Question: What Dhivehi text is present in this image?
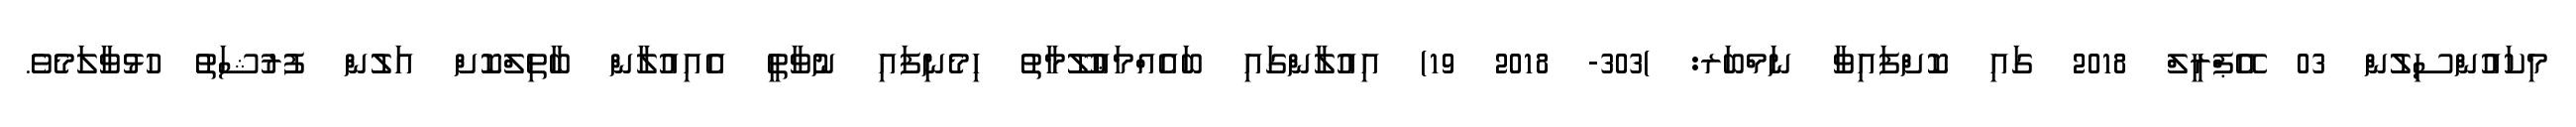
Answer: މިކައުންސިލުން 03 އޭޕްރީލް 2018 ގައި ކޮށްފައިވާ ނަމްބަރ: )303- 2018 19) އިއުލާންގައި ބައެއްމަޢުލޫމާތު ހިމެނިފައި ނުވާތީ އެއިއުލާން ބާތިލްކޮށް އަލުން ފުރުޝަތު ހުޅުވާލަމެވެ.